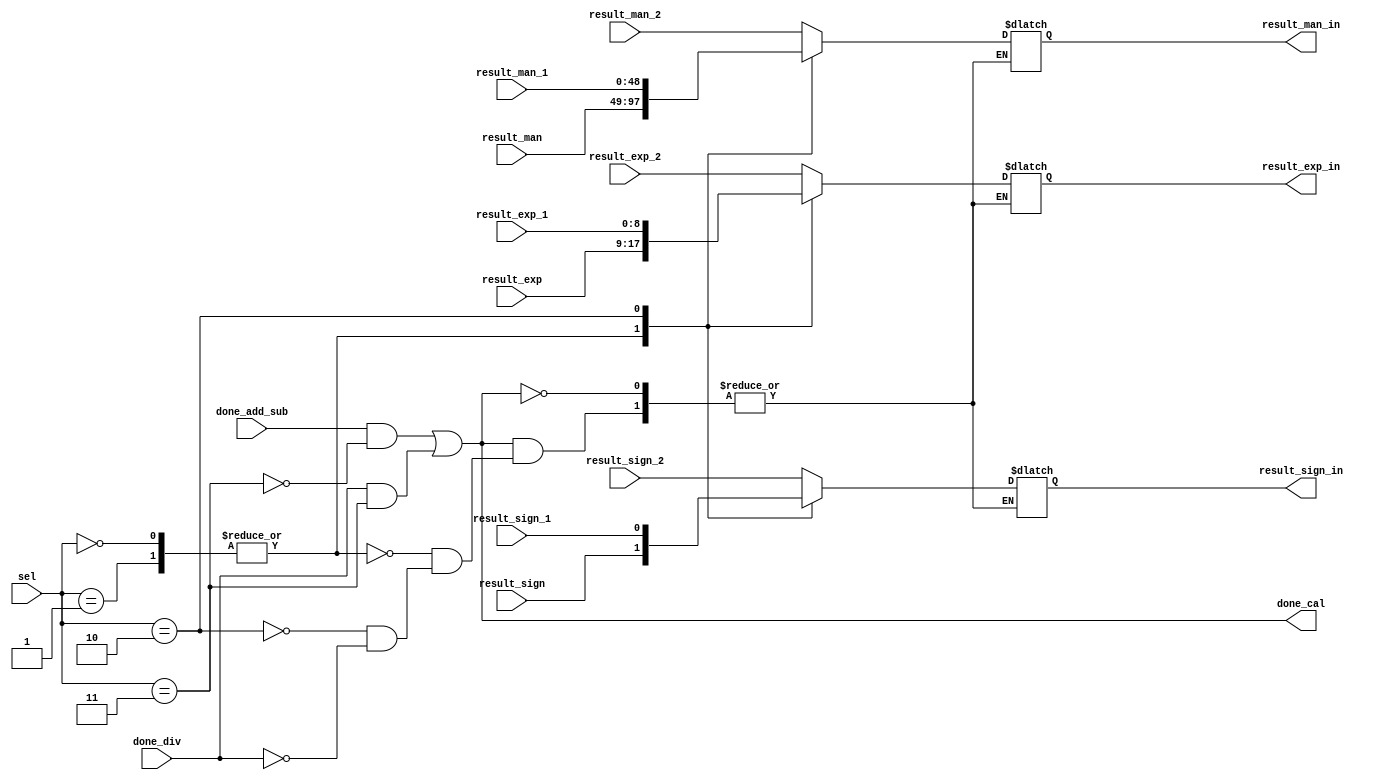
module selector (
//    input  wire        clk,
//    input  wire        rstn,
    input  wire        result_sign,
    input  wire [8:0]  result_exp,
    input  wire [48:0] result_man,
    input  wire        result_sign_1,
    input  wire [8:0]  result_exp_1,
    input  wire [48:0] result_man_1,
    input  wire        result_sign_2,
    input  wire [8:0]  result_exp_2,
    input  wire [48:0] result_man_2,
    input  wire        done_div,
    input  wire        done_add_sub,
    input  wire [1:0]  sel,
    output reg         result_sign_in,
    output reg  [8:0]  result_exp_in ,
    output reg  [48:0] result_man_in,
    output wire        done_cal 
);
//=======================================================
//  REG/WIRE declarations
//=======================================================
//    reg [5:0] count;
    wire      done_add_sub_mul;
    wire      done_div_cal;
//=======================================================
//  Behavioral coding
//=======================================================

/*
    assign done_add_sub_mul = ((count == 'd2) && !(sel == 2'b11));
    assign done_div_cal     = (count == 'd52); 
    assign done_cal         = (done_add_sub_mul || done_div_cal );   

    always@(posedge clk or negedge rstn) begin
        if(!rstn) begin
            count <= 'd0;
        end
        else begin
            if((done_add_sub_mul) || (done_div_cal)) begin
                count <= 'd0;
            end
            else begin
                count  <= count + 'd1;
            end
        end
    end
*/

    assign done_add_sub_mul = (done_add_sub && !(sel == 2'b11));
    assign done_div_cal     = (done_div && (sel == 2'b11)); 
    assign done_cal         = (done_add_sub_mul || done_div_cal );



/*
   always@(posedge clk or negedge rstn) begin
        if (!rstn) begin */

    always@(*) begin
        if (!done_cal) begin    
        //    result_sign_in <= 'b0;
        //    result_exp_in  <= 'b0;
        //    result_man_in  <= 'b0;
            result_sign_in <= result_sign_in;
            result_exp_in  <= result_exp_in;
            result_man_in  <= result_man_in;
        end
        else begin      
            case (sel)
                2'b00,2'b01: begin     
                    result_sign_in <= result_sign;
                    result_exp_in  <= result_exp ;
                    result_man_in  <= result_man ;
                end 
                2'b10: begin
                    result_sign_in <= result_sign_1;
                    result_exp_in  <= result_exp_1 ;
                    result_man_in  <= result_man_1 ;
                end 
                default: begin
                    if (done_div) begin
                        result_sign_in <= result_sign_2;
                        result_exp_in  <= result_exp_2 ;
                        result_man_in  <= result_man_2 ;
                    end 
                else begin     
                        result_sign_in <= result_sign_in;
                        result_exp_in  <= result_exp_in;
                        result_man_in  <= result_man_in;
                    end
                end
            endcase
        end
    end
endmodule